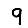
Digit: 9